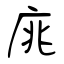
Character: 庣